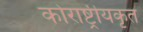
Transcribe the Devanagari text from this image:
कोराष्ट्रीयकृत